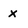
Character: x